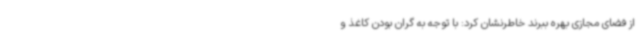
از فضای مجازی بهره ببرند خاطرنشان کرد: با توجه به گران بودن کاغذ و